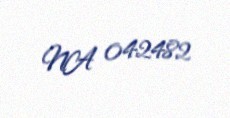
NA 042482